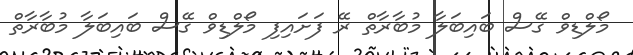
މޯލްޑިވް ގޭސް ބައިބަލާ މުބާރާތް ރޭ ފަށައިފި މޯލްޑިވް ގޭސް ބައިބަލާ މުބާރާތް